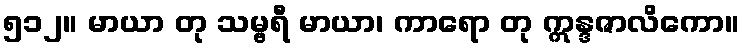
၅၁၂။ မာယာ တု သမ္ဗရီ မာယာ၊ ကာရော တု ဣန္ဒဇာလိကော။